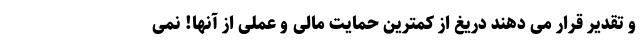
و تقدیر قرار می دهند دریغ از کمترین حمایت مالی و عملی از آنها! نمی